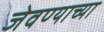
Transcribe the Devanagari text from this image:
जेवण्याच्या